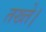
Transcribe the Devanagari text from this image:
तख्ते।